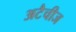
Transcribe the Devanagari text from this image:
अटैचीज